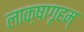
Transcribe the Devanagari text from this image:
लाक्षागृहम्